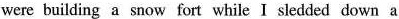
were building a snow fort while I sledded down a